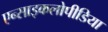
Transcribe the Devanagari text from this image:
एन्साइकलोपीडिया